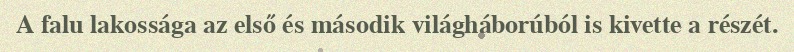
A falu lakossága az első és második világháborúból is kivette a részét.